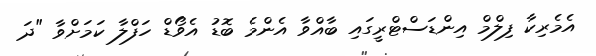
އެމެރިކާ ފިލްމް އިންޑަސްޓްރީގައި ބާއްވާ އެންމެ ބޮޑު އެވޯޑް ހަފްލާ ކަމަށްވާ "ދަ